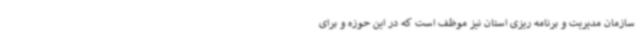
سازمان مدیریت و برنامه ریزی استان نیز موظف است که در این حوزه و برای